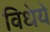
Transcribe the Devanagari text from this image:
विधेये